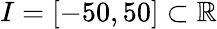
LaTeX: I=[-50,50]\subset\mathbb{R}